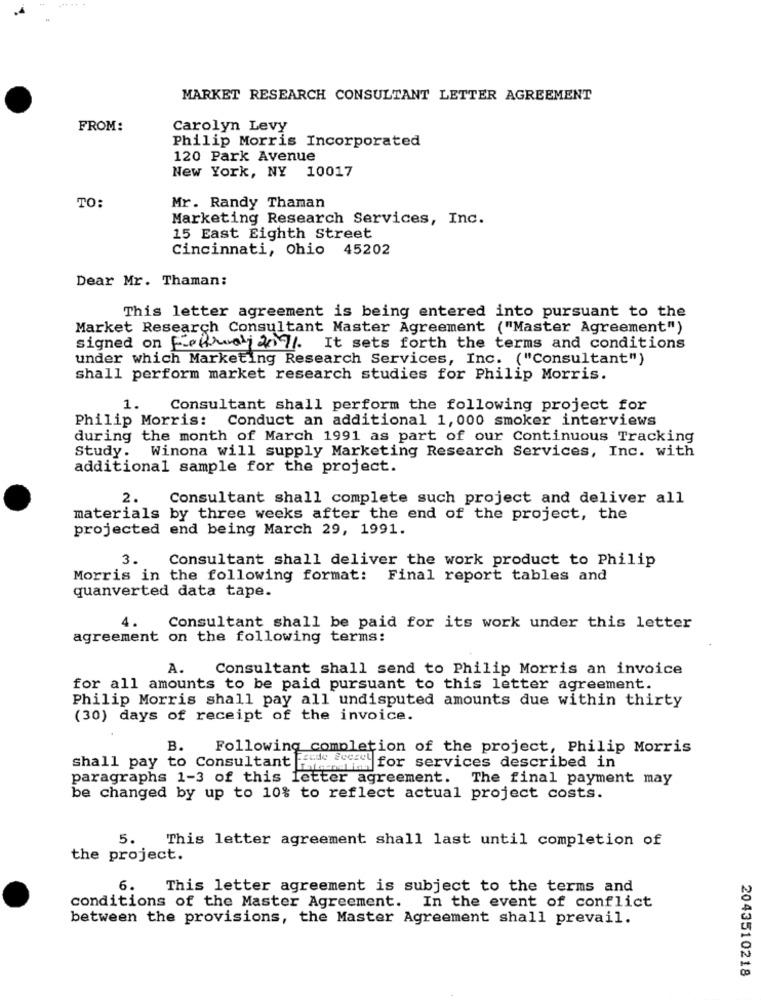
MARKET RESEARCH CONSULTANT LETTER AGREEMENT
FROM:
Carolyn Levy
Philip Morris Incorporated
120 Park Avenue
New York, NY 10017
TO:
Mr. Randy Thaman
Marketing Research Services, Inc.
15 East Eighth Street
Cincinnati, Ohio 45202
Dear Mr. Thaman:
This letter agreement is being entered into pursuant to the
Market Research Consultant Master Agreement ("Master Agreement")
signed on February 207/. It sets forth the terms and conditions
under which Marketing Research Services, Inc. ("Consultant")
shall perform market research studies for Philip Morris.
1.
Consultant shall perform the following project for
Philip Morris: Conduct an additional 1, 000 smoker interviews
during the month of March 1991 as part of our Continuous Tracking
Study. Winona will supply Marketing Research Services, Inc. with
additional sample for the project.
2.
Consultant shall complete such project and deliver all
materials by three weeks after the end of the project, the
projected end being March 29, 1991.
Consultant shall deliver the work product to Philip
3.
Morris in the following format: Final report tables and
quanverted data tape.
4.
Consultant shall be paid for its work under this letter
agreement on the following terms:
A.
Consultant shall send to Philip Morris an invoice
for all amounts to be paid pursuant to this letter agreement.
Philip Morris shall pay all undisputed amounts due within thirty
(30) days of receipt of the invoice.
B.
Following completion of the project, Philip Morris
shall pay to Consultant Facde Secret
Lemi for services described in
paragraphs 1-3 of this letter agreement. The final payment may
be changed by up to 10% to reflect actual project costs.
5.
This letter agreement shall last until completion of
the project.
6.
This letter agreement is subject to the terms and
conditions of the Master Agreement. In the event of conflict
between the provisions, the Master Agreement shall prevail.
2043510218